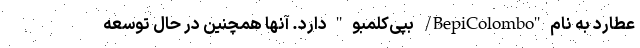
عطارد به نام "BepiColombo/ بپی‌کلمبو " دارد. آنها همچنین در حال توسعه